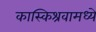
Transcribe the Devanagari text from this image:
कास्किश्रवामध्ये